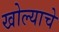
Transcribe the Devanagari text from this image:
खोल्याचे